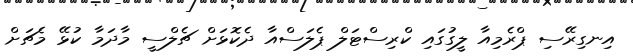
އިނގިރޭސި ޕްރެމިއާ ލީގުގައި ކްރިސްޓަލް ޕެލަސްއާ ދެކޮޅަށް ޗެލްސީ މާދަމާ ކުޅޭ މެޗަށް